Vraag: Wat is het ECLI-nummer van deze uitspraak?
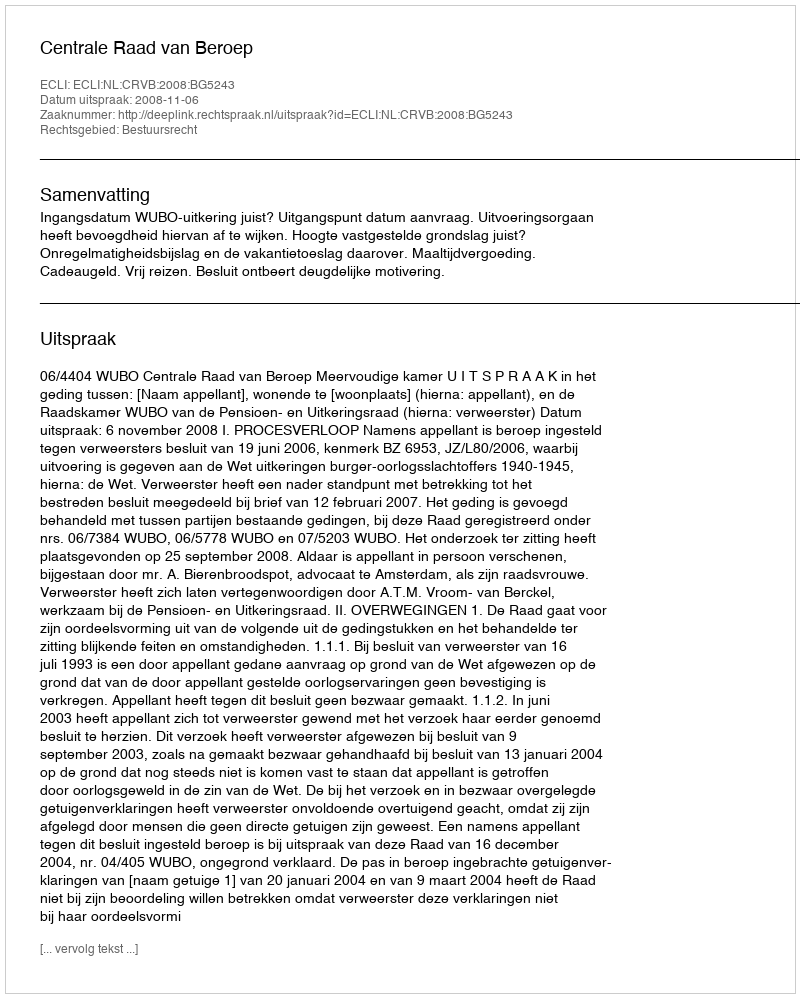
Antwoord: ECLI:NL:CRVB:2008:BG5243